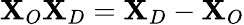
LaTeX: \mathbf{X}_{O}\mathbf{X}_{D}=\mathbf{X}_{D}-\mathbf{X}_{O}